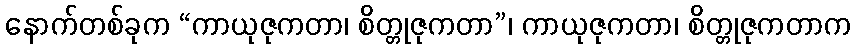
နောက်တစ်ခုက “ကာယုဇုကတာ၊ စိတ္တုဇုကတာ”၊ ကာယုဇုကတာ၊ စိတ္တုဇုကတာက